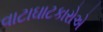
વાટાઘાટકારોએ